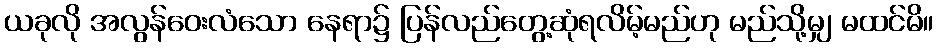
ယခုလို အလွန်ဝေးလံသော နေရာ၌ ပြန်လည်တွေ့ဆုံရလိမ့်မည်ဟု မည်သို့မျှ မထင်မိ။